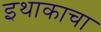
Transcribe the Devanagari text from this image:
इथाकाचा